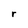
Character: r